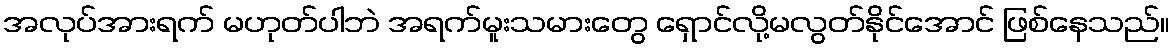
အလုပ်အားရက် မဟုတ်ပါဘဲ အရက်မူးသမားတွေ ရှောင်လို့မလွတ်နိုင်အောင် ဖြစ်နေသည်။